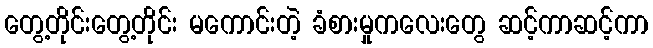
တွေ့တိုင်းတွေ့တိုင်း မကောင်းတဲ့ ခံစားမှုကလေးတွေ ဆင့်ကာဆင့်ကာ